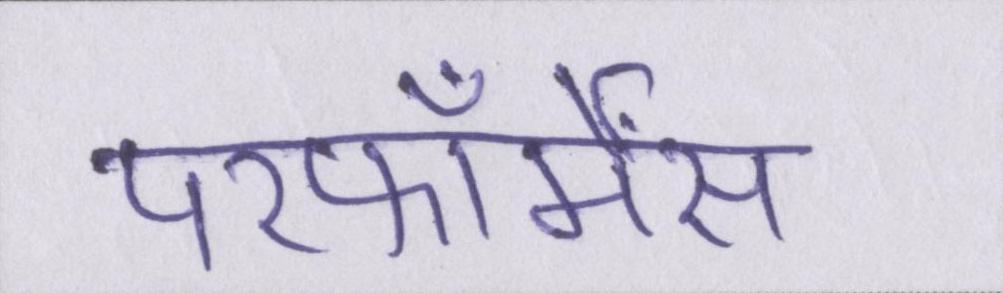
परफॉर्मेंस